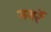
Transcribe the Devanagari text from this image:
नवर्रे